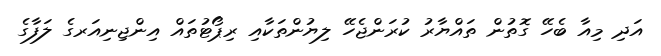
އަދި މިއާ ބެހޭ ގޮތުން ތައްޔާރު ކުރަންޖެހޭ ލިޔުންތަކާއި ރިޕޯޓުތައް އިންޖިނިއަރގެ ލަފާގެ